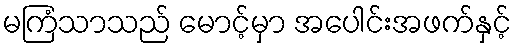
မကြံသာသည် မောင့်မှာ အပေါင်းအဖက်နှင့်